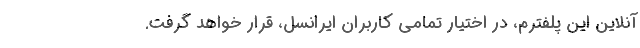
آنلاین این پلفترم، در اختیار تمامی کاربران ایرانسل، قرار خواهد گرفت.